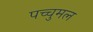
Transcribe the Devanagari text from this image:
पच्चुमल